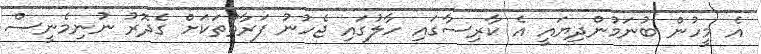
އެ މީހުން ބުނަމުންދިޔައީ އެ ކާރިސާގައި ހާލުގައި ޖެހުނު ފަރާތްތަކަށް ގެދޮރު ނުނިމެނީސް